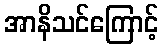
အာနိသင်ကြောင့်